Language: tamil
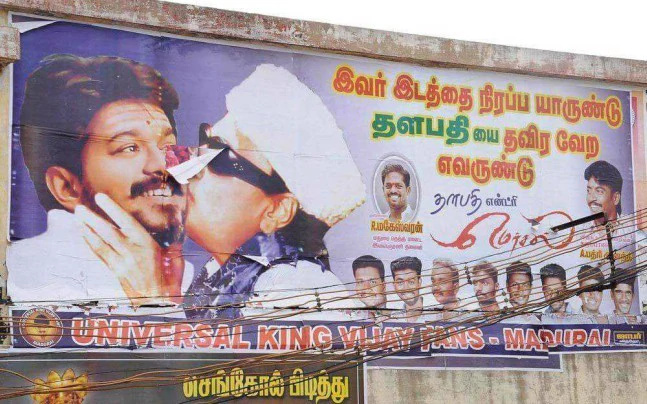
Transcription: இவா் நிரப்ப யாருண்டு தளபதி தவிர வேற செங்கோல் பிடித்து எவருண்டு இடத்தை யை